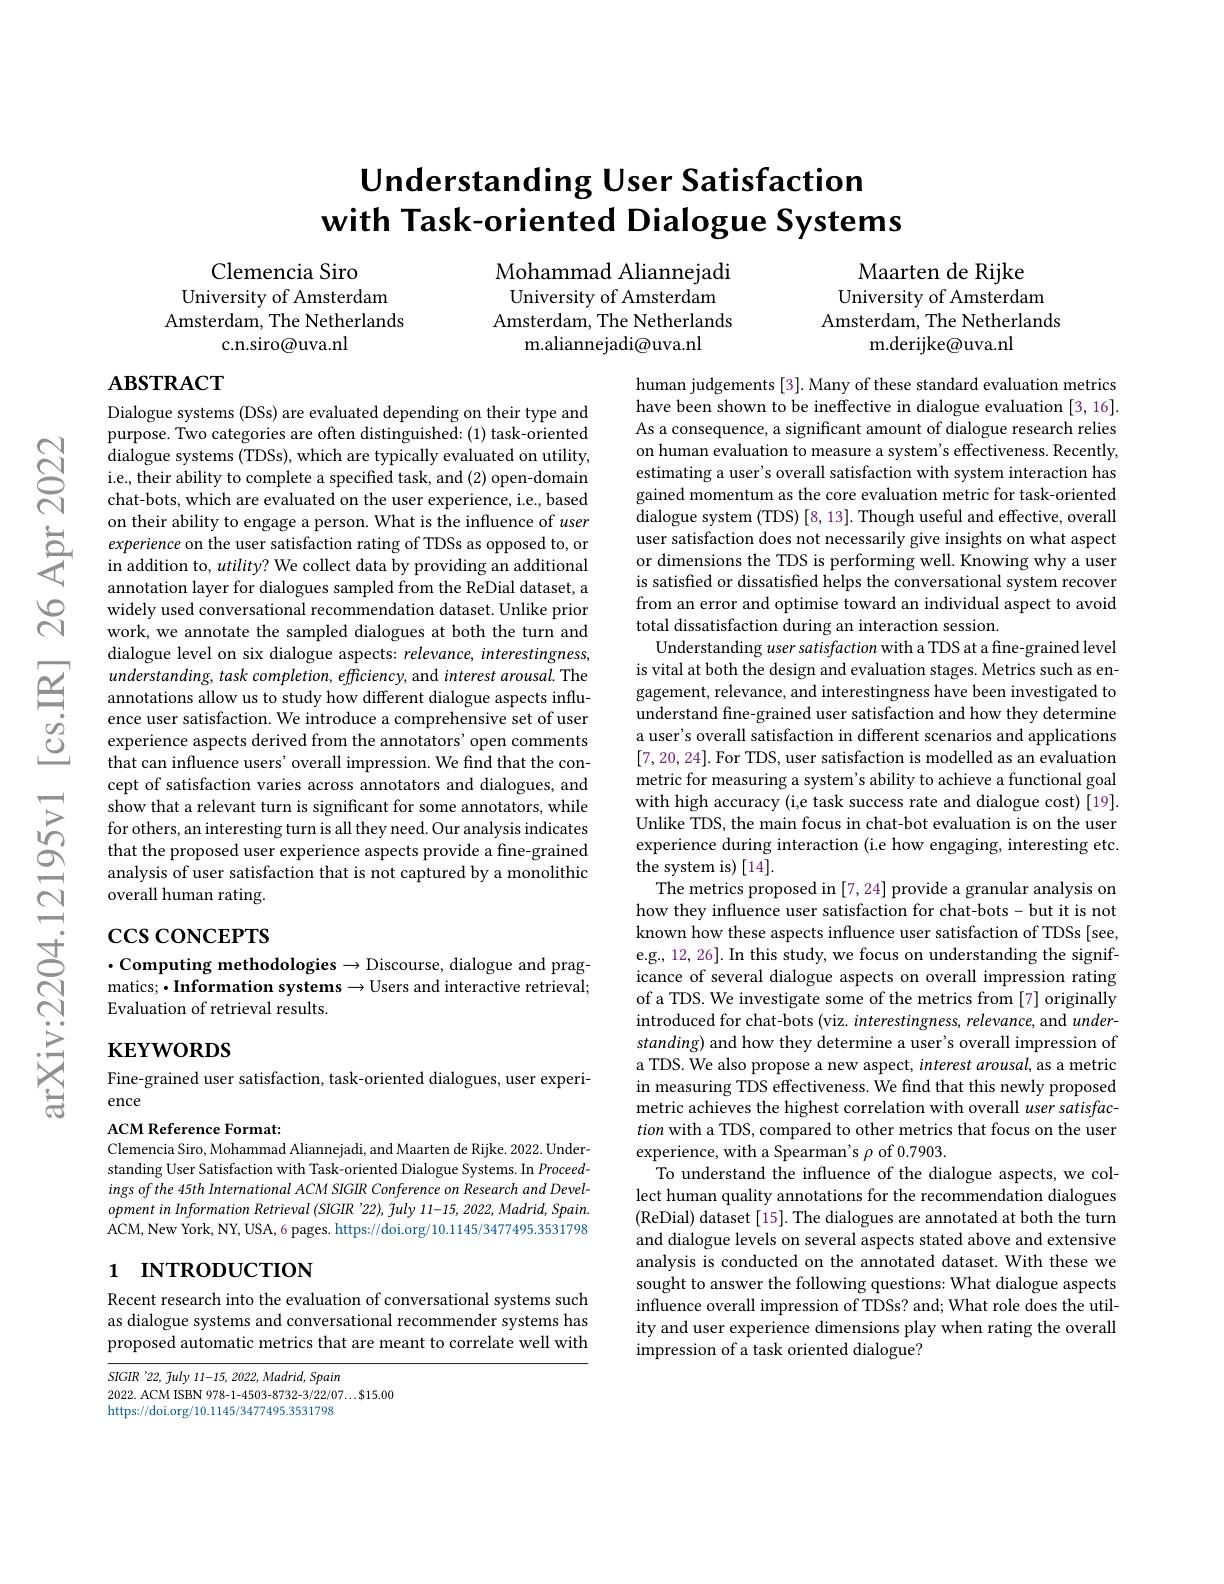
$ଟ୍ରି$

# Understanding User Satisfaction with Task-oriented Dialogue Systems

Mohammad Aliannejadi University of Amsterdam Amsterdam, The Netherlands
m.aliannejadi@uva.nl

Clemencia Siro
University of Amsterdam Amsterdam, The Netherlands
c.n.siro@uva.nl

Maarten de Rijke
University of Amsterdam Amsterdam, The Netherlands
m.derijke@uva.nl

# $\mathbf{ABSTRACT}$

Dialogue systems (DSs) are evaluated depending on their type and purpose. Two categories are often distinguished: (1) task-oriented dialogue systems (TDSs), which are typically evaluated on utility, i.e., their ability to complete a specified task, and (2) open-domain chat-bots, which are evaluated on the user experience, i.e., based on their ability to engage a person. What is the influence of user
on ther ablity to engage a person. What is the ı nfluence of user experience on the user satisfaction rating of TDSs as opposed to, or in addition to, $utility?$ We collect data by providing an additional
annotation layer for dialogues sampled from the ReDial dataset, a widely used conversational recommendation dataset. Unlike prior work, we annotate the sampled dialogues at both the turn and dialogue level on six dialogue aspects: relevance, interestingness, $understanding,task$ completion, efficiency, and interest arousal. The annotations allow us to study how different dialogue aspects influence user satisfaction. We introduce a comprehensive set of user experience aspects derived from the annotators'open comments that can influence users' overall impression. We find that the concept of satisfaction varies across annotators and dialogues, and $\hat{\text{show that a relevant turn is significant for some annotators, while}}$ for others, an interesting turn is all they need. Our analysis indicates that the proposed user experience aspects provide a fine-grained analysis of user satisfaction that is not captured by a monolithic overall human rating.

human judgements [3]. Many of these standard evaluation metrics have been shown to be ineffective in dialogue evaluation [3,16]. As a consequence, a significant amount of dialogue research relies on human evaluation to measure a system's effectiveness. Recently, estimating a user's overall satisfaction with system interaction has gained momentum as the core evaluation metric for task-oriented dialogue system (TDS) [8, 13]. Though useful and effective, overall user satisfaction does not necessarily give insights on what aspect or dimensions the TDS is performing well. Knowing why a user is satisfied or dissatisfied helps the conversational system recover from an error and optimise toward an individual aspect to avoid total dissatisfaction during an interaction session.
Understanding user satisfaction with a TDS at a fine-grained level is vital at both the design and evaluation stages. Metrics such as engagement, relevance, and interestingness have been investigated to understand fine-grained user satisfaction and how they determine a user's overall satisfaction in different scenarios and applications [7,20,24]. For TDS, user satisfaction is modelled as an evaluation metric for measuring a system's ability to achieve a functional goal with high accuracy (i,e task success rate and dialogue cost) [19]. Unlike TDS, the main focus in chat-bot evaluation is on the user experience during interaction (i.e how engaging, interesting etc. the system is)[14].
The metrics proposed in [7,24] provide a granular analysis on how they influence user satisfaction for chat-bots-but it is not known how these aspects influence user satisfaction of TDSs [see, e.g., 12, 26]. In this study, we focus on understanding the significance of several dialogue aspects on overall impression rating of a TDS. We investigate some of the metrics from [7] originally introduced for chat-bots (viz. interestingness, relevance, and understanding) and how they determine a user's overall impression of a TDS. We also propose a new aspect, interest arousal, as a metric in measuring TDS effectiveness. We find that this newly proposed metric achieves the highest correlation with overall user satisfaction with a TDS, compared to other metrics that focus on the user experience, with a Spearman's $\rho$ of 0.7903.
To understand the influence of the dialogue aspects, we collect human quality annotations for the recommendation dialogues (ReDial) dataset[15]. The dialogues are annotated at both the turn and dialogue levels on several aspects stated above and extensive analysis is conducted on the annotated dataset. With these we sought to answer the following questions: What dialogue aspects influence overall impression of TDSs? and; What role does the utility and user experience dimensions play when rating the overall impression of a task oriented dialogue?

# $\csc\cos$coNCEPTS

$\cdot$Computing methodologies$\to$Discourse, dialogue and pragmatics; $\bullet \textbf{Information systems}\to$Users and interactive retrieval; Evaluation of retrieval results.

$\mathbf{KEYWORDS}$

Fine-grained user satisfaction, task-oriented dialogues, user experi-
ence

ACM Reference Format:
Clemencia Siro, Mohammad Aliannejadi, and Maarten de Rijke. 2022. Understanding User Satisfaction with Task-oriented Dialogue Systems. In Proceedings of the 45th International ACM SIGIR Conference on Research and DevelopmentinInformation Retrieval (SIGIR '22), july 11-15, 2022, Madrid, Spain ACM, New York, NY, USA, 6 pages. https://doi.org/10.1145/3477495.3531798

# 1 INTRODUCTION

Recent research into the evaluation of conversational systems such as dialogue systems and conversational recommender systems has proposed automatic metrics that are meant to correlate well with

SIGIR '22, fuly 11-15, 2022, Madrid, Spain
2022. ACM ISBN 978-1-4503-8732-3/22/07...$15.00
https://doi.org/10.1145/3477495.3531798